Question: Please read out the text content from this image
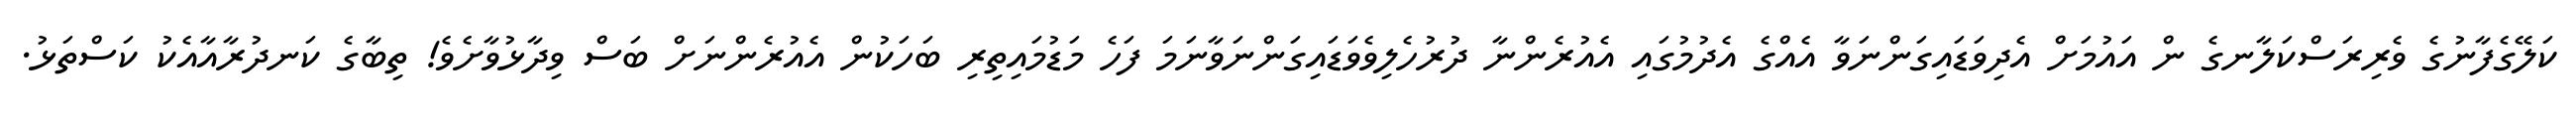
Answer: ކަލޭގެފާނުގެ ވެރިރަސްކަލާނގެ ން އައުމަށް އެދިވަޑައިގަންނަވާ އެއްގެ އެދުމުގައި އެއުރެންނާ ދުރުހެލިވެވަޑައިގަންނަވާނަމަ ފަހެ މަޑުމައިތިރި ބަހަކުން އެއުރެންނަށް ބަސް ވިދާޅުވާށެވެ! ތިބާގެ ކަނދުރާއާއެކު ކަސްތަޅު.